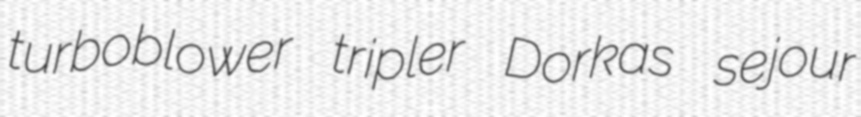
turboblower tripler Dorkas sejour